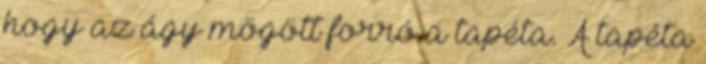
hogy az ágy mögött forró a tapéta. A tapéta